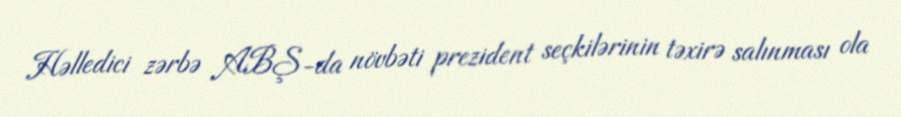
Həlledici zərbə ABŞ-da növbəti prezident seçkilərinin təxirə salınması ola